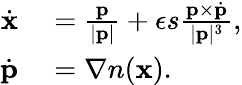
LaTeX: \begin{array}{rl}{\dot{\mathbf{x}}}&{{}=\frac{\mathbf{p}}{|\mathbf{p}|}+\epsilon s\frac{\mathbf{p}\times\dot{\mathbf{p}}}{|\mathbf{p}|^{3}},}\\ {\dot{\mathbf{p}}}&{{}=\nabla n(\mathbf{x}).}\end{array}